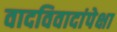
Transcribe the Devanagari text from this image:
वादविवादांपेक्षा